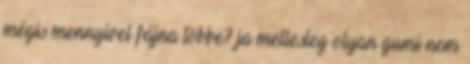
mégis mennyivel fájna többe? ja mellesleg olyan gumi nem